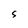
Character: S